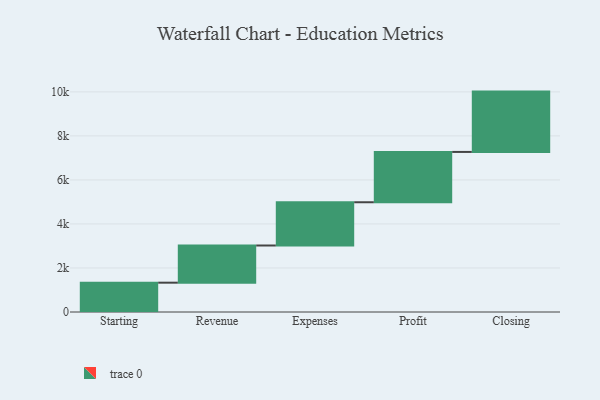
{"axis": {"x": "Step", "y": "Value"}, "legend": [""], "data": [{"x": "Starting", "y": 1332.0, "type": ""}, {"x": "Revenue", "y": 1689.0, "type": ""}, {"x": "Expenses", "y": 1965.0, "type": ""}, {"x": "Profit", "y": 2286.0, "type": ""}, {"x": "Closing", "y": 2741.0, "type": ""}]}